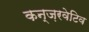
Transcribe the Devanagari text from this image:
कन्ज़रवेटिव